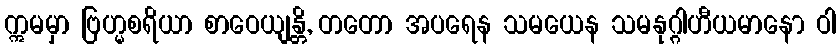
ဣမမှာ ဗြဟ္မစရိယာ စာဝေယျန္တိ, တတော အပရေန သမယေန သမနုဂ္ဂါဟီယမာနော ဝါ